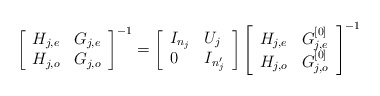
\begin{align*}\left[\begin{array}{ll}H_{j,e} & G_{j,e} \\ H_{j,o} & G_{j,o} \end{array}\right]^{-1}=\left[\begin{array}{ll}I_{n_j} & U_j \\ 0 & I_{n_j'}\end{array}\right]\left[\begin{array}{ll}H_{j,e} & G_{j,e}^{[0]} \\ H_{j,o} & G_{j,o}^{[0]} \end{array}\right]^{-1}\end{align*}